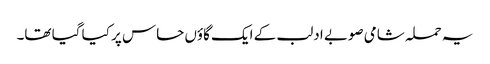
یہ حملہ شامی صوبے ادلب کے ایک گاؤں حاس پر کیا گیا تھا۔